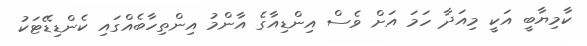
ކާމިޔާބީ އަކީ މިއަދާ ހަމަ އަށް ވެސް އިންޑިއާގެ އާންމު އިންތިހާބެއްގައި ކެންޑިޑޭޓަކު